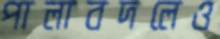
পালাবদলেও